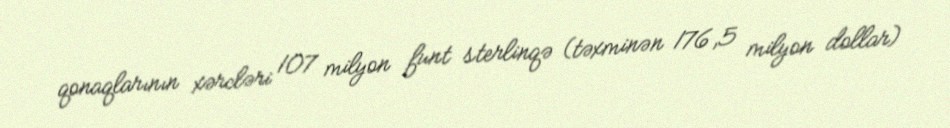
qonaqlarının xərcləri 107 milyon funt sterlinqə (təxminən 176,5 milyon dollar)